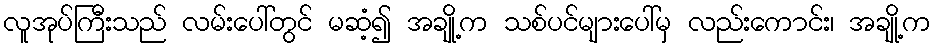
လူအုပ်ကြီးသည် လမ်းပေါ်တွင် မဆံ့၍ အချို့က သစ်ပင်များပေါ်မှ လည်းကောင်း၊ အချို့က